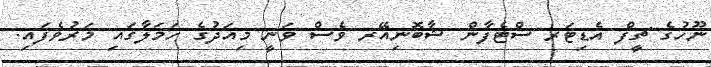
ނޫހުގެ ޗީފް އެޑިޓަރ ސްޓެފާން ޝާބޮނިއޭރ ވެސް ވަނީ މިއަދުގެ ހަމަލާގައި މަރުވެފައި.